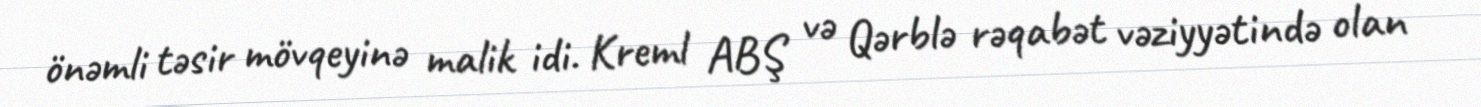
önəmli təsir mövqeyinə malik idi. Kreml ABŞ və Qərblə rəqabət vəziyyətində olan